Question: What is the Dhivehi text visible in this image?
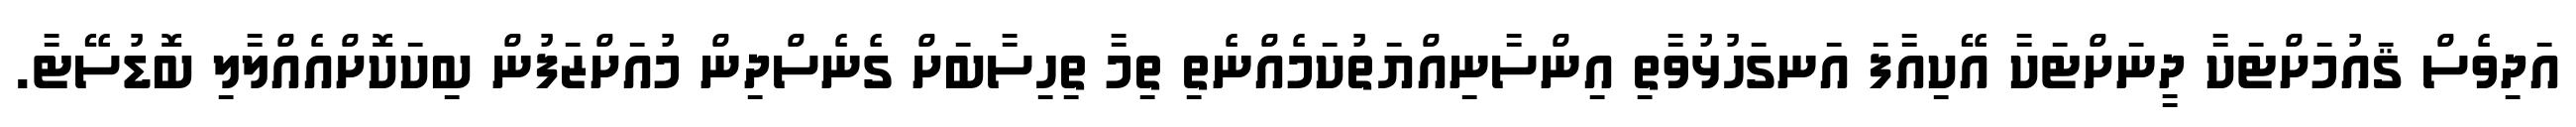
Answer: އަދިވެސް ޤައުމަށްޓަކާ ދީނަށްޓަކާ އޭކިއާފަ އަނގަހުޅުވާތި އިންސާނިއްޔަތުކަމެއްނެތި ތިމާ ތިހިސާބަށް ގެނެސްދިން މުއަށްޒަފުން ބިކަކޮށްއެއްލާލި ބޮޑުސޭޓާ.